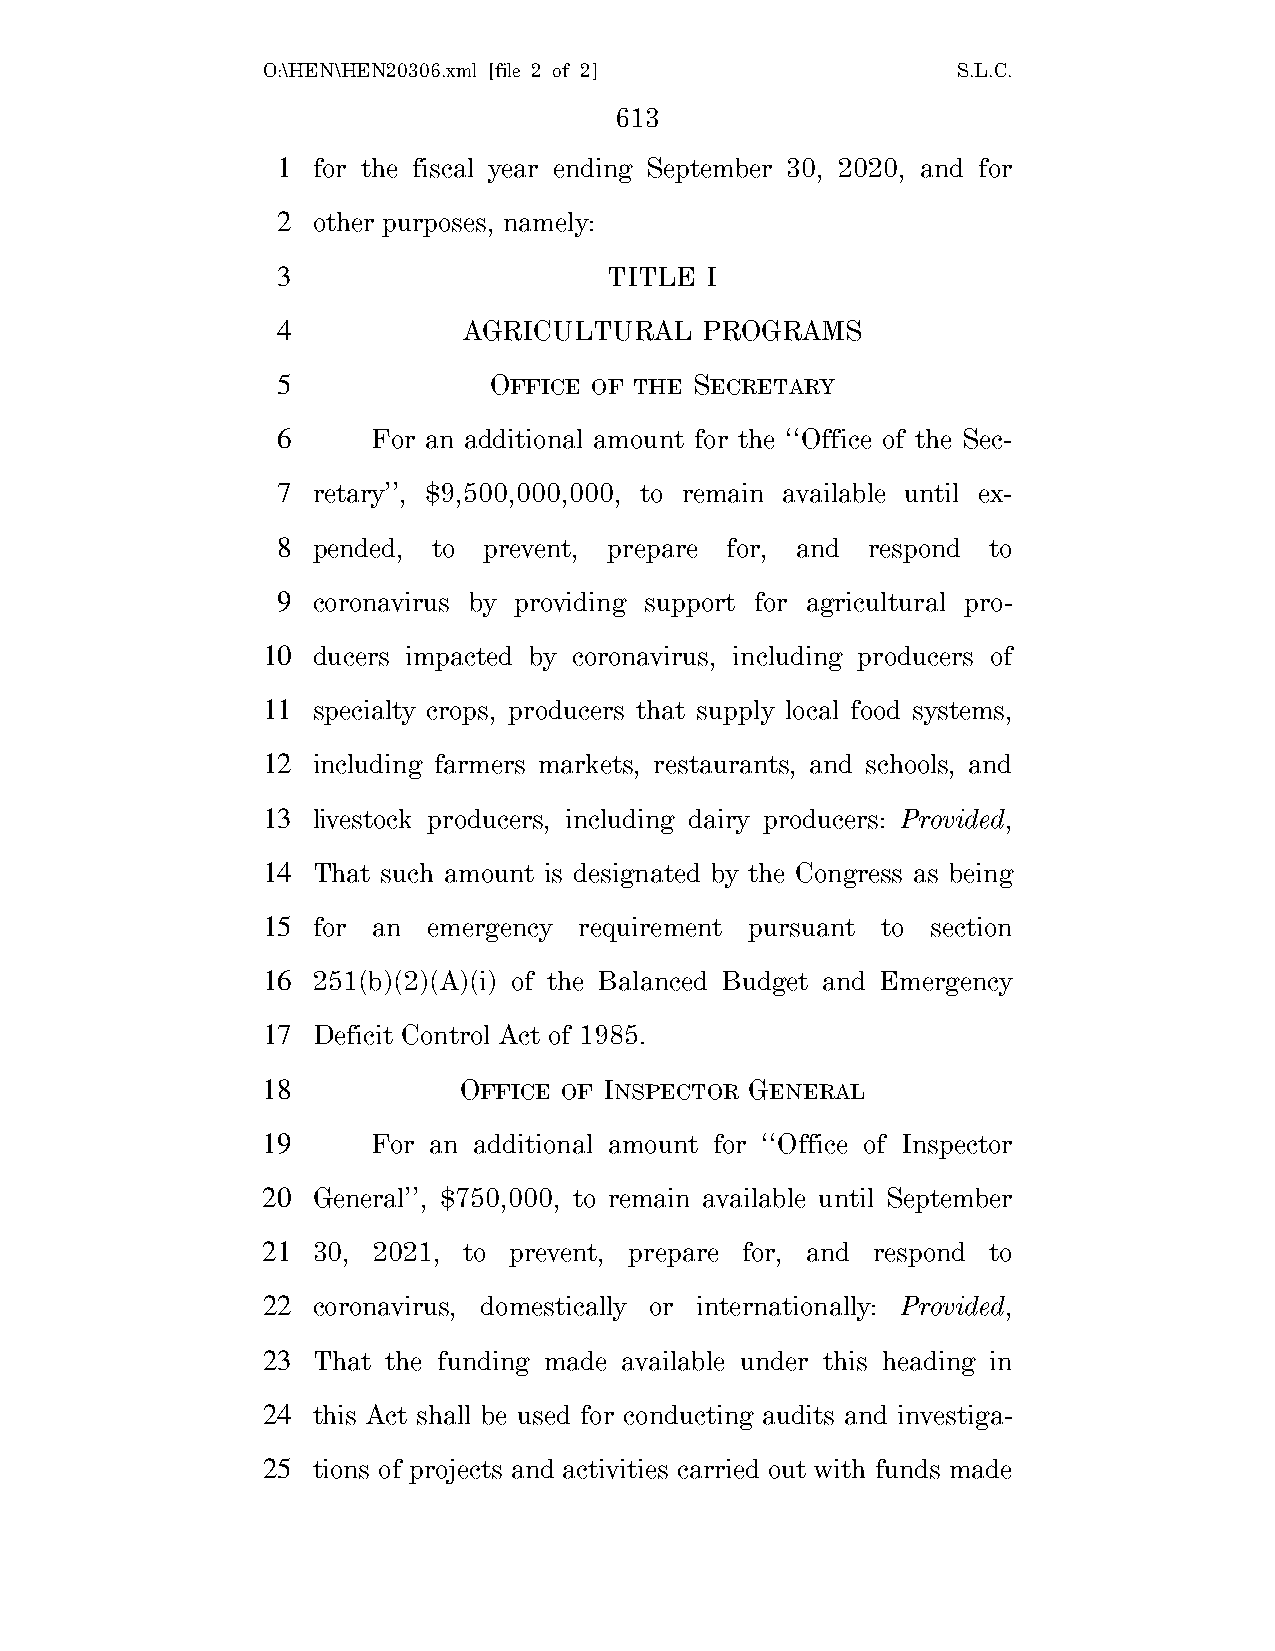
O:\HEN\HEN20306.xml [file 2 of 2]             S.L.C.
 613
 1  for the fiscal year ending September 30, 2020, and for
 2  other purposes, namely:
 3                     TITLE  I
 4            AGRICULTURAL   PROGRAMS
 5             OFFICE OF THE SECRETARY
 6      For an additional amount for the ‘‘Office of the Sec-
 7  retary’’, $9,500,000,000, to remain available until ex-
 8  pended, to prevent, prepare for, and respond to
 9  coronavirus by providing support for agricultural pro-
 10  ducers impacted by coronavirus, including producers of
 11  specialty crops, producers that supply local food systems,
 12  including farmers markets, restaurants, and schools, and
 13  livestock producers, including dairy producers: Provided,
 14  That such amount is designated by the Congress as being
 15  for an emergency requirement pursuant to section
 16  251(b)(2)(A)(i) of the Balanced Budget and Emergency
 17  Deficit Control Act of 1985.
 18           OFFICE OF INSPECTOR GENERAL
 19      For an additional amount for ‘‘Office of Inspector
 20  General’’, $750,000, to remain available until September
 21  30, 2021, to prevent, prepare for, and respond to
 22  coronavirus, domestically or internationally: Provided,
 23  That the funding made available under this heading in
 24  this Act shall be used for conducting audits and investiga-
 25  tions of projects and activities carried out with funds made